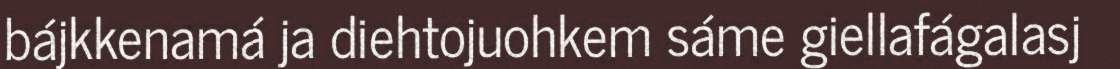
bájkkenamá ja diehtojuohkem sáme giellafágalasj